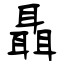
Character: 聶